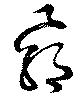
覇